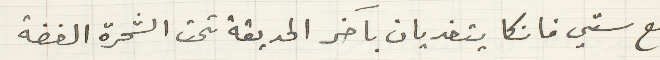
مع ستي فانكا يتغديان بأخر الحديقة تحت الشحرة الغضة